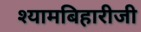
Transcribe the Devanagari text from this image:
श्यामबिहारीजी